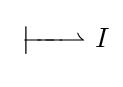
\;{\overset {\textstyle }{\underset {\textstyle }{|\!\!\!-\!\!\!-\!\!\!-\!\!\!\rightharpoonup }}}\ I